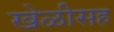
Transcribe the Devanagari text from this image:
खेळीसह